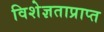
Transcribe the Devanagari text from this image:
विशेज्ञताप्राप्त